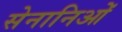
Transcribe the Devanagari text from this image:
सेनानिओं